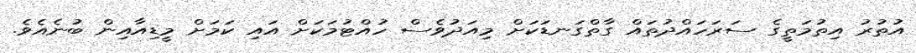
އުތުރު އިތުމަތީގެ ސަރަހައްދުތައް ގާތްގަނޑަކަށް މިއަދުވެސް ހުއްޓުމަކަށް އައި ކަމަށް މީޑިއާއިން ބުނެއެވެ.